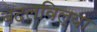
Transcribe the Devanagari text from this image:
बदलविल्या